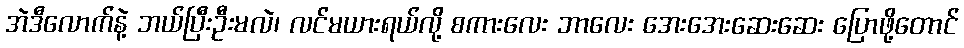
အဲဒီလောက်နဲ့ ဘယ်ပြီးဦးမလဲ၊ လင်မယားရယ်လို့ စကားလေး ဘာလေး အေးအေးဆေးဆေး ပြောဖို့တောင်